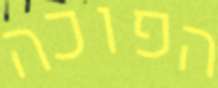
הפוכה